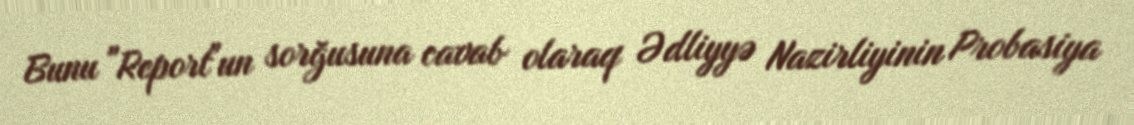
Bunu "Report"un sorğusuna cavab olaraq Ədliyyə Nazirliyinin Probasiya